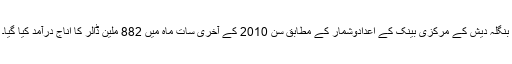
بنگلہ دیش کے مرکزی بینک کے اعدادوشمار کے مطابق سن 2010 کے آخری سات ماہ میں 882 ملین ڈالر کا اناج درآمد کیا گیا۔